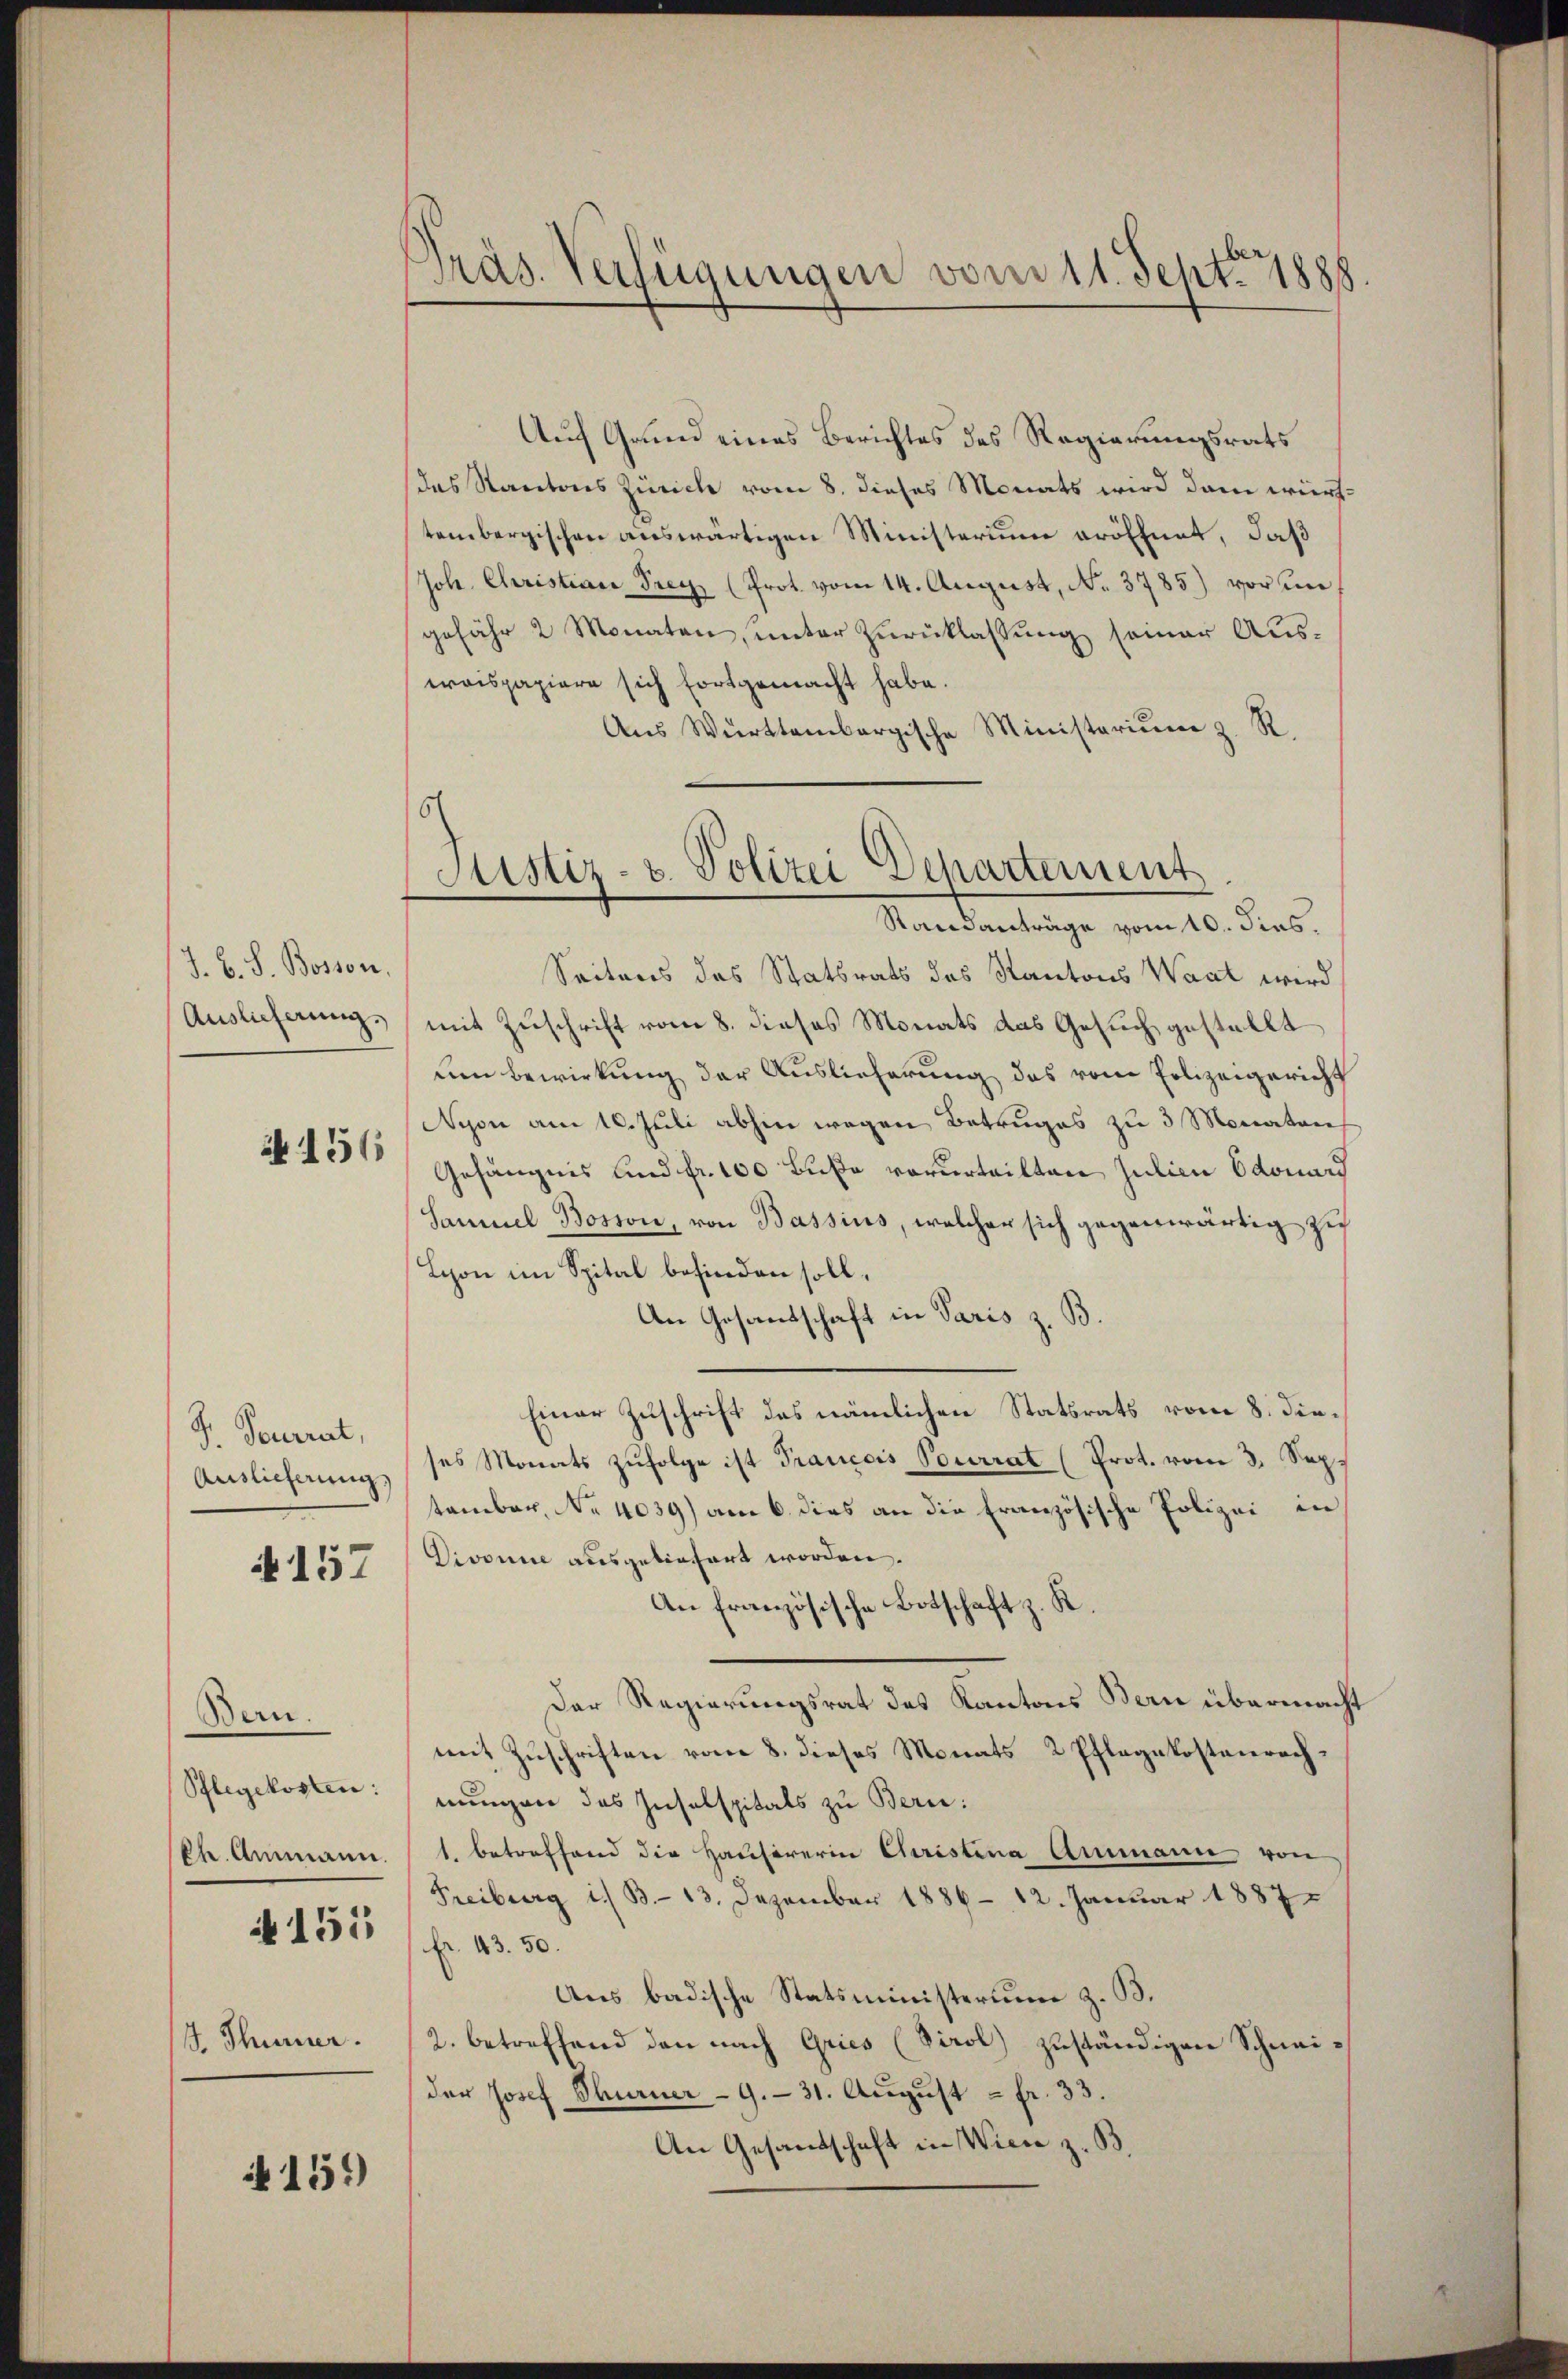
J. B. S. Boston,
Auslicherung.

N. 156

S. Feuerrat,
Auslieferung,

N 157

Bern.
Pflegekosten:
Ch. Ammann.
A 151

J. Thurer.

A 151)

Präs. Verfügungen vom 11. Sept. 1888

Auf Grund eines Berichtes des Regierungsrats
das Kantons Zürich vom 8. dieses Monats wird dann württembergischen auswärtigen Ministerium eröffnet, daß
Joh. Christiare Frey (Prot. vom 14. August, No. 3785) vor ungefähr 2 Monaten, ŭnter Zŭrücklassŭng seiner Aŭs-
waispapiere sich fortgemacht habe.
Aŭs Württembergische Ministeriŭm z. R.
Seitens des Statsrats des Kantons Waat wird
mit Zuschrift vom 8. dieses Monats das Gesuch gestellt
um Bewirkung der Auslieferung des vom Polizeigericht
Nyon am 10. Juli abhin wegen Betruges zu 3 Monaten
Gefängnis und fr. 100 Buße verurteilten Julian Odonard
Samuel Bosson, von Bassius, welcher sich gegenwärtig zu
Schon im Spital befinden soll.
An Gesandschaft in Paris z. B.
Einer Zuschrift des nämlichen Statsrats vom 8. dieses Monats zufolge ist Trancois Pourrat (Prot. vom 3. Sep.
tember, No 4039) am 6. dies an die Französische Polizei in
Divonne ausgeliefert worden.
An französische Botschaft z. K
Der Regierungsrat des Kantons Bern übermacht
mit Zuschriften vom 8. dieses Monats 2 Pflegekostenrechnungen des Inselspitals zu Bern:
1. betreffend die Hausirerin Christina Ammann von
Freiburg i. B. 13. Dezember 1886 - 12. Januar 1887
Fr. 43. 50.
Aus badische Statsministerium z. B.
2. betreffend den nach Gries (Virol) zuständigen Schneider Josef Thurner - 9. 31. August = Fr. 33.
An Gesandtschaft in Wien z. B.

16
Justiz- u. Polizei Departement
Randanträge vom 10. dies.